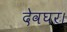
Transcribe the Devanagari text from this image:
देवघर।